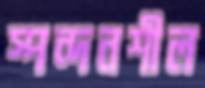
স্পন্দনশীল